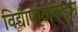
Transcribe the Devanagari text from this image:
विद्यापीठांकडून